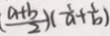
( \frac { a + b } { 2 } ) ( \frac { 1 } { a } + \frac { 1 } { b } )